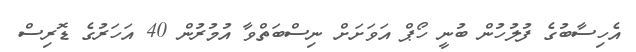
އެހިސާބުގެ ފުލުހުން ބުނީ ހޯޕް އަވަށަށް ނިސްބަތްވާ އުމުރުން 40 އަހަރުގެ ޑޮރިސް